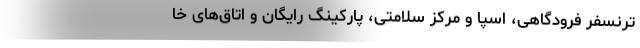
ترنسفر فرودگاهی، اسپا و مرکز سلامتی، پارکینگ رایگان و اتاق‌های خا